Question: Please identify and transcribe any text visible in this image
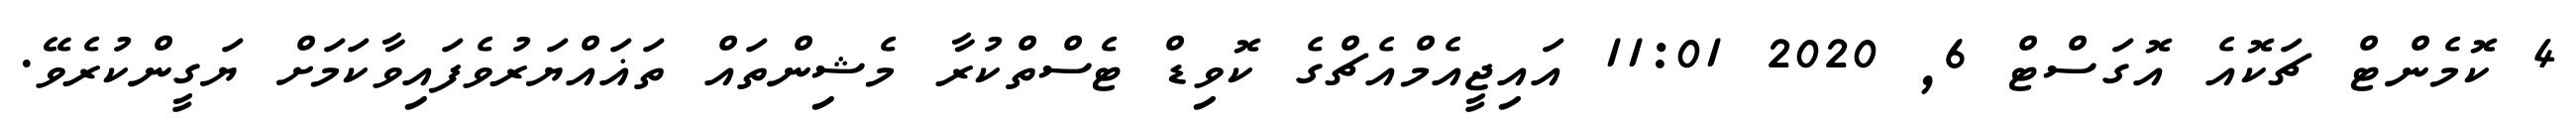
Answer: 4 ކޮމެންޓް ޗަކޮއެ އޮގަސްޓް 6, 2020 11:01 އައިޖީއެމްއެޗްގެ ކޮވިޑް ޓެސްތްކުރާ މެޝިންތައް ތަޣައްޔަރުވެފައިވާކަމަށް ޔަގީންކުރެވޭ.